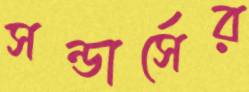
সন্ডার্সের